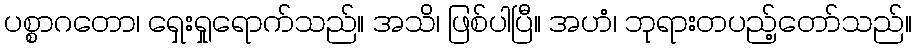
ပစ္စာဂတော၊ ရှေးရှုရောက်သည်။ အသိ၊ ဖြစ်ပါပြီ။ အဟံ၊ ဘုရားတပည့်တော်သည်။